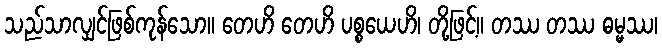
သည်သာလျှင်ဖြစ်ကုန်သော။ တေဟိ တေဟိ ပစ္စယေဟိ၊ တို့ဖြင့်။ တဿ တဿ ဓမ္မဿ၊